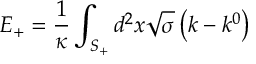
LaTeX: E _ { + } = \frac { 1 } { \kappa } \int _ { S _ { + } } ^ { { } } d ^ { 2 } x \sqrt { \sigma } \left( k - k ^ { 0 } \right)